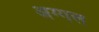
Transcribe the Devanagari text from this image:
अग्गल